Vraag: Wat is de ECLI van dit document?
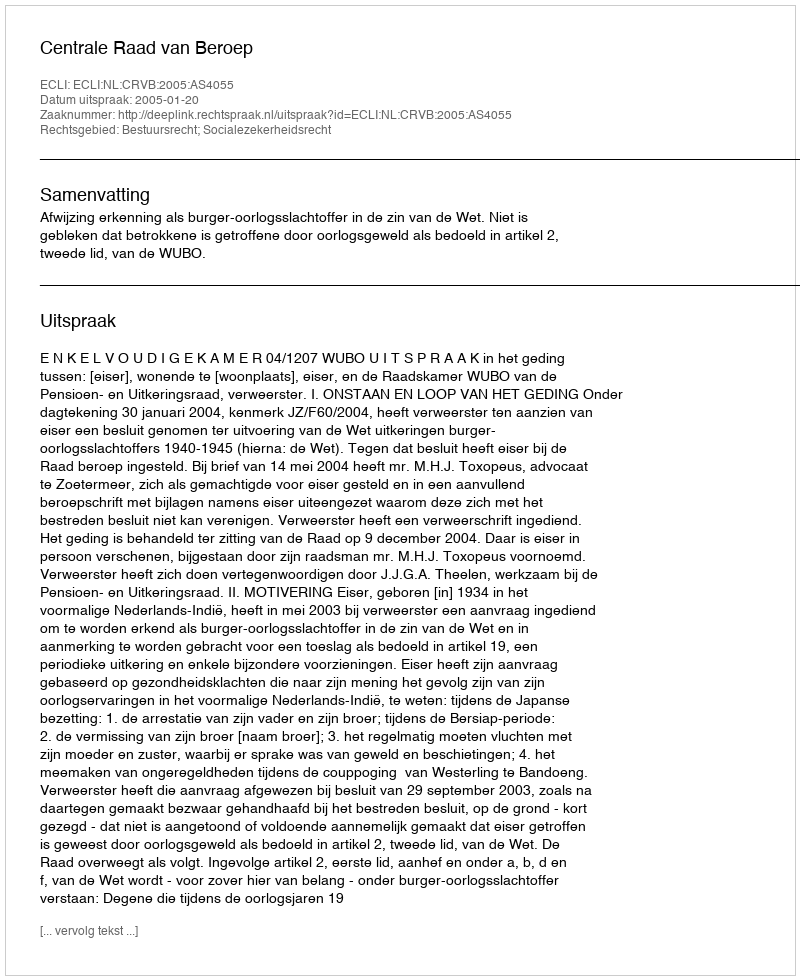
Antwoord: ECLI:NL:CRVB:2005:AS4055